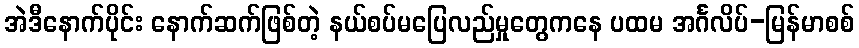
အဲဒီနောက်ပိုင်း နောက်ဆက်ဖြစ်တဲ့ နယ်စပ်မပြေလည်မှုတွေကနေ ပထမ အင်္ဂလိပ်-မြန်မာစစ်